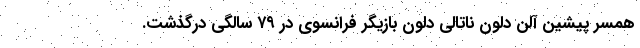
همسر پیشین آلن دلون ناتالی دلون بازیگر فرانسوی در ۷٩ سالگی درگذشت.